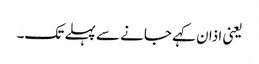
یعنی اذان کہے جانے سے پہلے تک۔